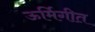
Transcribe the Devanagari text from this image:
ऊर्मिगीत